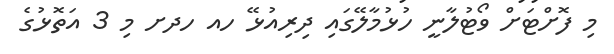
މި ފޮށްޓަށް ވޯޓުލާނީ ހުޅުމާލޭގައި ދިރިއުޅޭ ހއ ހދށ މި 3 އަތޮޅުގެ